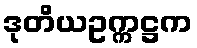
ဒုတိယဥက္ကဋ္ဌက